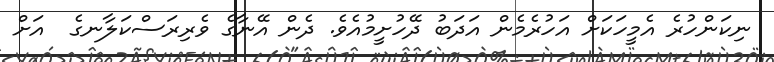
ނިކަންހުރެ އެމީހަކަށް އަހުރެމެން އަދަބު ދޭހުށީމުއެވެ. ދެން އޭނާގެ ވެރިރަސްކަލާނގެ  އަށް